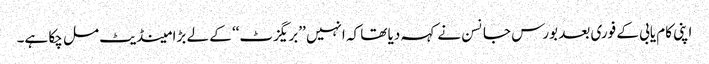
اپنی کام یابی کے فوری بعد بورس جانسن نے کہہ دیا تھا کہ انہیں ’’بریگزٹ‘‘ کے لے بڑا مینڈیٹ مل چکا ہے۔